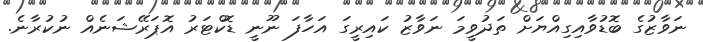
ނަވާޒުގެ ބޮޑުވާއިގިއްޔަށް ތަދުވީމަ ނަވާޒު ކައިރީގަ އަހާފަ ނޫނީ ޑޮކްޓަރު އޮޕަރޭޝަނެއް ނުކުރާނެ.